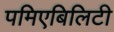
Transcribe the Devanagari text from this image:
पमिएबिलिटी